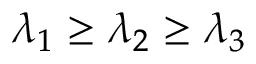
\lambda _ { 1 } \geq \lambda _ { 2 } \geq \lambda _ { 3 }